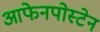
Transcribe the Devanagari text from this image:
आफेनपोस्टेन